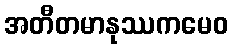
အတီတမာနုဿကမေဝ